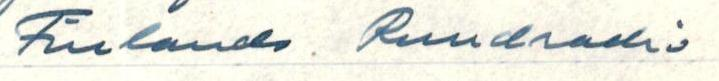
Finlands Rundradio